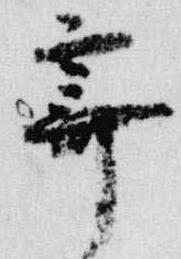
霽